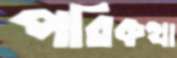
পরিকথা